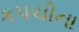
કપચીના